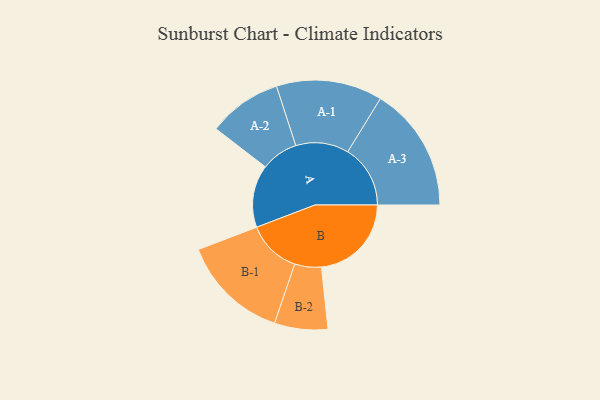
{"axis": {"x": "Segment", "y": "Value"}, "legend": ["", "A", "B"], "data": [{"x": "A", "y": 256, "type": ""}, {"x": "B", "y": 368, "type": ""}, {"x": "A-1", "y": 217, "type": "A"}, {"x": "A-2", "y": 151, "type": "A"}, {"x": "A-3", "y": 256, "type": "A"}, {"x": "B-1", "y": 220, "type": "B"}, {"x": "B-2", "y": 109, "type": "B"}]}